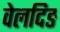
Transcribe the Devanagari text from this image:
वेलदिङ